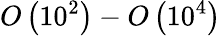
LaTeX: \textit{O}\left(10^{2}\right)-\textit{O}\left(10^{4}\right)